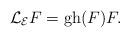
LaTeX: \begin{align*}\mathcal{L}_{\mathcal{E}} F = \mathrm{gh}(F) F.\end{align*}